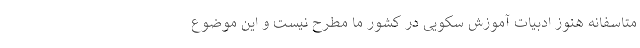
متاسفانه هنوز ادبیات آموزش سکویی در کشور ما مطرح نیست و این موضوع